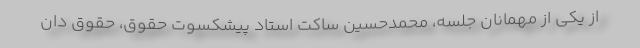
از یکی از مهمانان جلسه، محمدحسین ساکت استاد پیشکسوت حقوق، حقوق دان